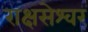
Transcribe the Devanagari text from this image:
राक्षसेश्वर